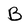
Character: B